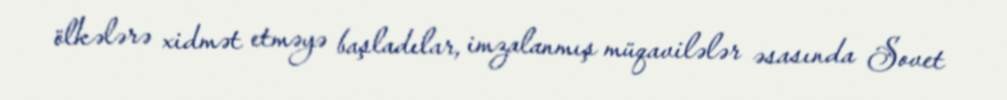
ölkələrə xidmət etməyə başladılar, imzalanmış müqavilələr əsasında Sovet